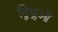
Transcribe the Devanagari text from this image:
द्विध्रुओं